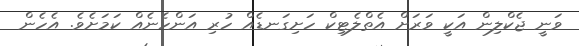
ވަނީ ޖެކްލިން އަކީ ވަރަށް އެތްލެޓިކް ހަށިގަނޑެއް ހުރި އަންހެނެއް ކަމަށެވެ. އެހެން